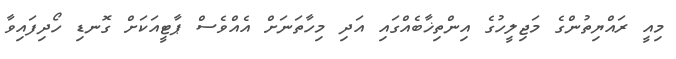
މިއީ ރައްޔިތުންގެ މަޖިލީހުގެ އިންތިޚާބެއްގައި އަދި މިހާތަނަށް އެއްވެސް ޕާޓީއަކަށް ގޮނޑި ހޯދިފައިވާ